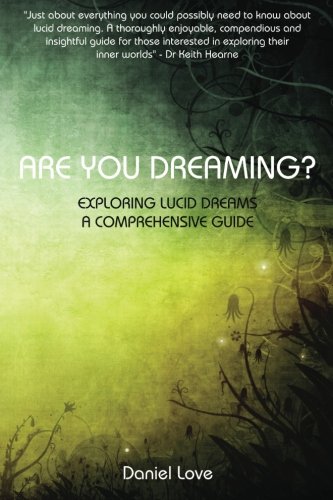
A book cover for Are You Dreaming?: Exploring Lucid Dreams: A Comprehensive Guide; Daniel Love; Self-Help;